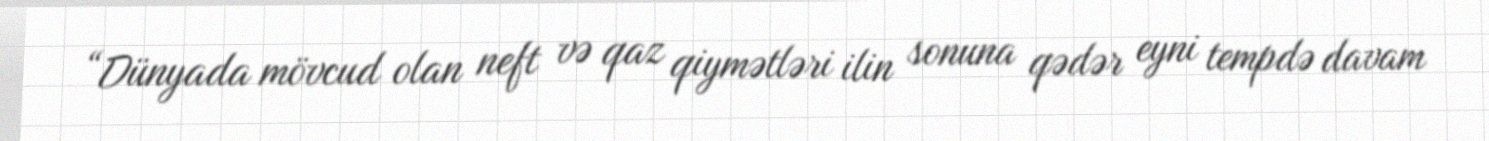
“Dünyada mövcud olan neft və qaz qiymətləri ilin sonuna qədər eyni tempdə davam